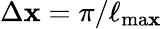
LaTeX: \Delta\mathbf{x}=\pi/\ell_{\mathrm{{ma\mathbf{x}}}}